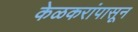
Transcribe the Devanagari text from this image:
केळकरांपासून